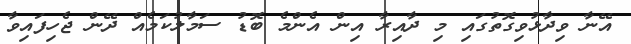
އޭނާ ވިދާޅުވިގޮތުގައި މި ދާއިރާ އިން އެންމެ ބޮޑު ސަމާލުކަމެއް ދޭން ޖެހިފައިވާ